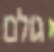
גולם